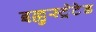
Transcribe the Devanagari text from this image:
इल्लुस्ट्रेटेड